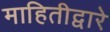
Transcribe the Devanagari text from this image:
माहितीद्वारे